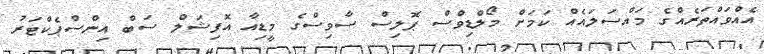
އެއްވައްތަރެއްގެ މައްސަލައެއް ކަމަށް މޯލްޑިވްސް ޕޮލިސް ސާވިސްގެ މީޑިއާ އޮފިޝަލް ސަބް އިންސްޕެކްޓަރު